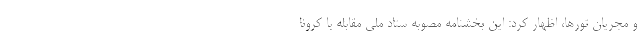
و مجریان تورها، اظهار کرد: این بخشنامه مصوبه ستاد ملی مقابله با کرونا